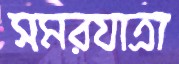
সমরযাত্রা